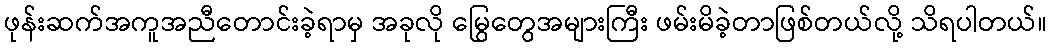
ဖုန်းဆက်အကူအညီတောင်းခဲ့ရာမှ အခုလို မြွေတွေအများကြီး ဖမ်းမိခဲ့တာဖြစ်တယ်လို့ သိရပါတယ်။